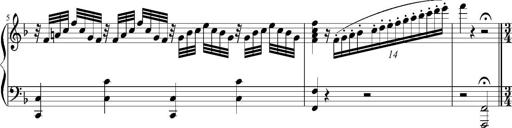
Title: 12 Sonatinas for Piano
Composer: Johann Baptist Vanhal